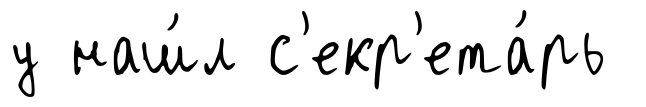
у наш́л с'екр'ета́рь